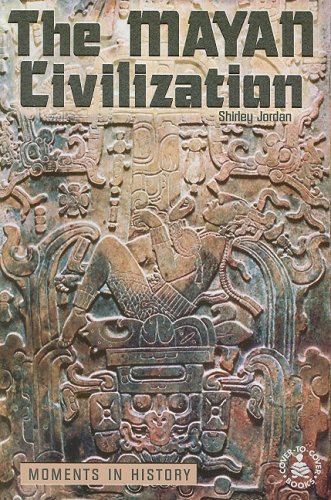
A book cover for The Mayan Civilization: Moments in History (Cover-To-Cover Books); Shirley Jordan; Children's Books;